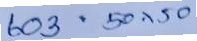
603 = 50x50